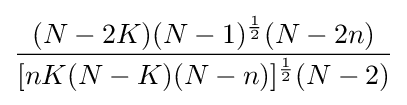
{\frac {(N-2K)(N-1)^{\frac {1}{2}}(N-2n)}{[nK(N-K)(N-n)]^{\frac {1}{2}}(N-2)}}